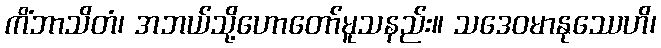
ကိံဘာသိတံ၊ အဘယ်သို့ဟောတော်မူသနည်း။ သဒေဝမာနုဿေဟိ၊